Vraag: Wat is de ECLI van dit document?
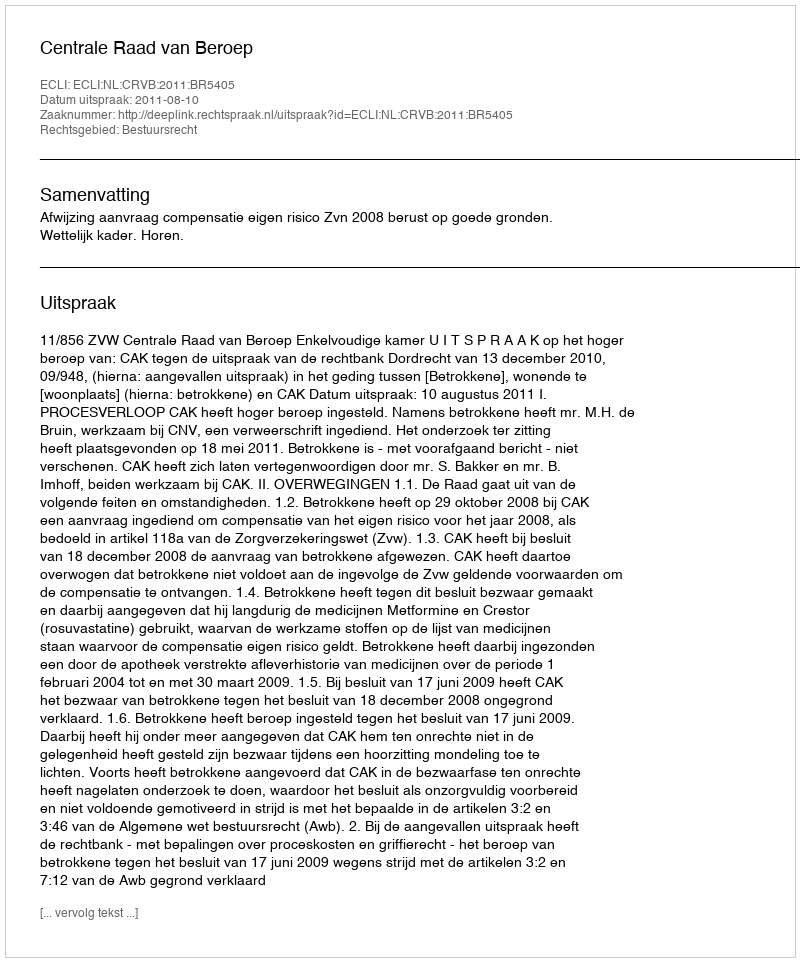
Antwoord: ECLI:NL:CRVB:2011:BR5405